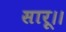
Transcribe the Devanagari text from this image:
सारू।।